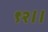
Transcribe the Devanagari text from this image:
९२।।